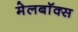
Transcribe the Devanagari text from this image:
मेलबाॅक्स